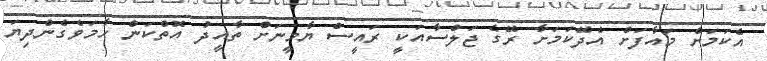
އެކަމަށް މައާފަށް އެދޭކަމަށާ ރޭގެ ޖަލްސާއަކީ ރައީސް ޔާމީނަށް ތާއީދު އޮތްކަން ހާމަވެގެންދިޔަ